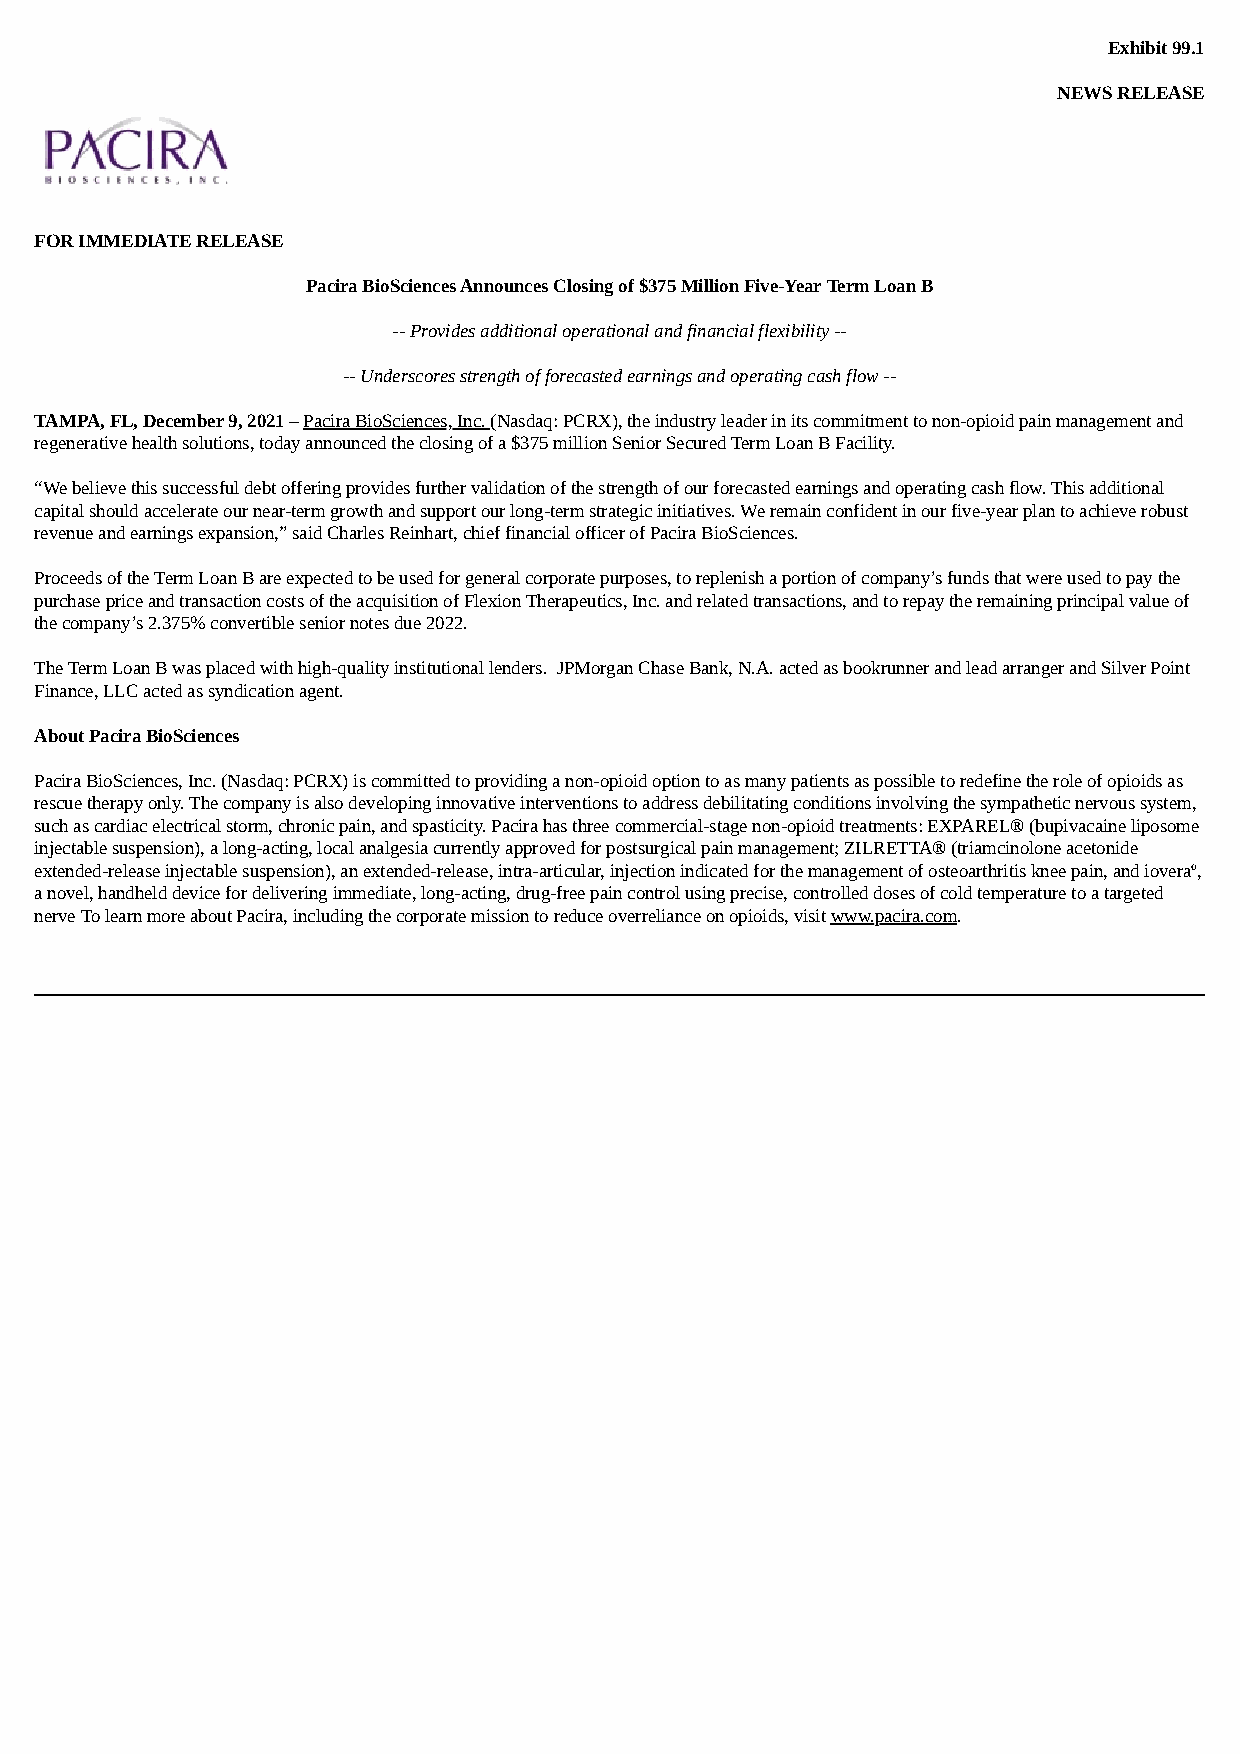
Exhibit 99.1
 NEWS RELEASE
 FOR IMMEDIATE RELEASE
 Pacira BioSciences Announces Closing of $375 Million Five-Year Term Loan B
 -- Provides additional operational and financial flexibility --
 -- Underscores strength of forecasted earnings and operating cash flow --
 TAMPA, FL, December 9, 2021 – Pacira BioSciences, Inc. (Nasdaq: PCRX), the industry leader in its commitment to non-opioid pain management and
 regenerative health solutions, today announced the closing of a $375 million Senior Secured Term Loan B Facility.
 “We believe this successful debt offering provides further validation of the strength of our forecasted earnings and operating cash flow. This additional
 capital should accelerate our near-term growth and support our long-term strategic initiatives. We remain confident in our five-year plan to achieve robust
 revenue and earnings expansion,” said Charles Reinhart, chief financial officer of Pacira BioSciences.
 Proceeds of the Term Loan B are expected to be used for general corporate purposes, to replenish a portion of company’s funds that were used to pay the
 purchase price and transaction costs of the acquisition of Flexion Therapeutics, Inc. and related transactions, and to repay the remaining principal value of
 the company’s 2.375% convertible senior notes due 2022.
 The Term Loan B was placed with high-quality institutional lenders. JPMorgan Chase Bank, N.A. acted as bookrunner and lead arranger and Silver Point
 Finance, LLC acted as syndication agent.
 About Pacira BioSciences
 Pacira BioSciences, Inc. (Nasdaq: PCRX) is committed to providing a non-opioid option to as many patients as possible to redefine the role of opioids as
 rescue therapy only. The company is also developing innovative interventions to address debilitating conditions involving the sympathetic nervous system,
 such as cardiac electrical storm, chronic pain, and spasticity. Pacira has three commercial-stage non-opioid treatments: EXPAREL® (bupivacaine liposome
 injectable suspension), a long-acting, local analgesia currently approved for postsurgical pain management; ZILRETTA® (triamcinolone acetonide
 extended-release injectable suspension), an extended-release, intra-articular, injection indicated for the management of osteoarthritis knee pain, and ioveraº,
 a novel, handheld device for delivering immediate, long-acting, drug-free pain control using precise, controlled doses of cold temperature to a targeted
 nerve To learn more about Pacira, including the corporate mission to reduce overreliance on opioids, visit www.pacira.com.